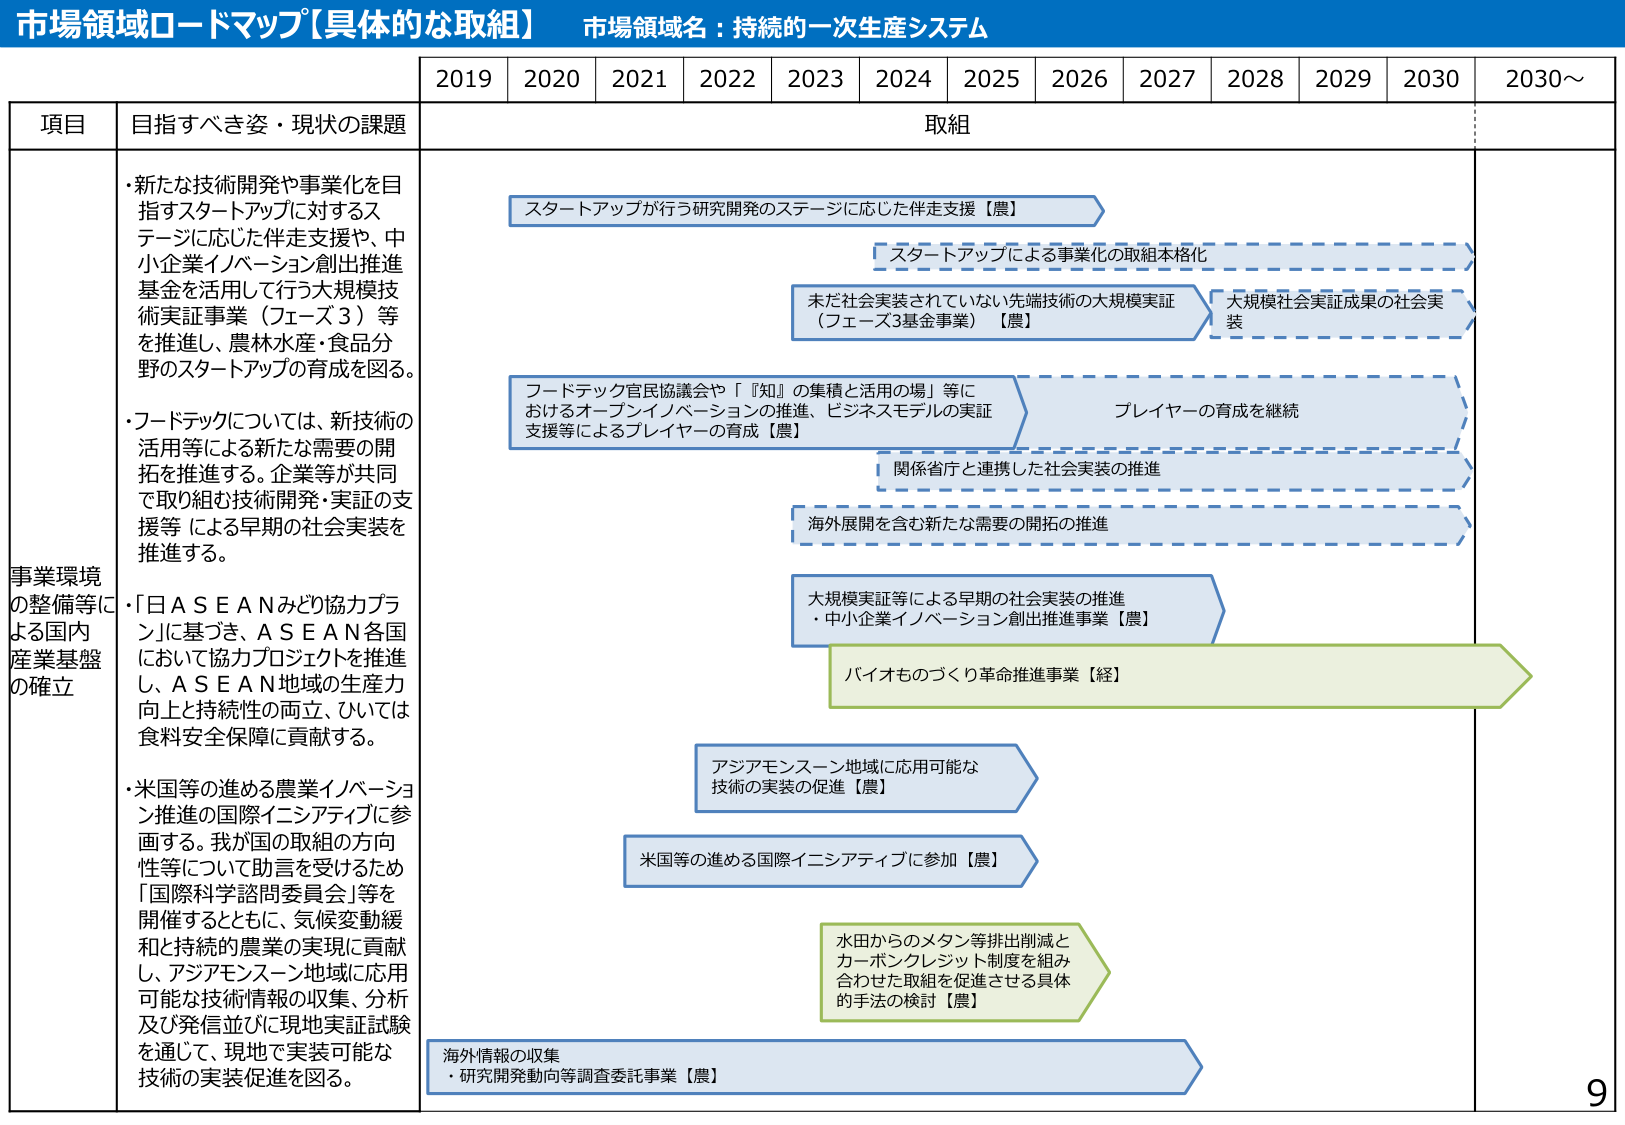
市場領域ロードマップ【具体的な取組】 市場領域名：持続的⼀次⽣産システム

2019 2020 2021 2022 2023 2024 2025 2026 2027 2028 2029 2030 2030～

項⽬ ⽬指すべき姿・現状の課題 取組

事業環境 の整備等に よる国内 産業基盤 の確⽴

・新たな技術開発や事業化を⽬ 指すスタートアップに対するス テージに応じた伴⾛⽀援や、中 ⼩企業イノベーション創出推進 基⾦を活⽤して⾏う⼤規模技 術実証事業（フェーズ３）等 を推進し、農林⽔産・⾷品分 野のスタートアップの育成を図る。

・フードテックについては、新技術の 活⽤等による新たな需要の開 拓を推進する。企業等が共同 で取り組む技術開発・実証の⽀ 援等による早期の社会実装を 推進する。

・「⽇ＡＳＥＡＮみどり協⼒プラ ン」に基づき、ＡＳＥＡＮ各国 において協⼒プロジェクトを推進 し、ＡＳＥＡＮ地域の⽣産⼒ 向上と持続性の両⽴、ひいては ⾷料安全保障に貢献する。

・⽶国等の進める農業イノベーショ ン推進の国際イニシアティブに参 画する。我が国の取組の⽅向 性等について助⾔を受けるため 「国際科学諮問委員会」等を 開催するとともに、気候変動緩 和と持続的農業の実現に貢献 し、アジアモンスーン地域に応⽤ 可能な技術情報の収集、分析 及び発信並びに現地実証試験 を通じて、現地で実装可能な 技術の実装促進を図る。

スタートアップが⾏う研究開発のステージに応じた伴⾛⽀援【農】

スタートアップによる事業化の取組本格化

未だ社会実装されていない先端技術の⼤規模実証 （フェーズ3基⾦事業）【農】

⼤規模社会実証成果の社会実 装

フードテック官⺠協議会や「『知』の集積と活⽤の場」等に おけるオープンイノベーションの推進、ビジネスモデルの実証 ⽀援等によるプレイヤーの育成【農】

プレイヤーの育成を継続

関係省庁と連携した社会実装の推進

海外展開を含む新たな需要の開拓の推進

⼤規模実証等による早期の社会実装の推進 ・中⼩企業イノベーション創出推進事業【農】

バイオものづくり⾰命推進事業【経】

アジアモンスーン地域に応⽤可能な 技術の実装の促進【農】

⽶国等の進める国際イニシアティブに参加【農】

⽔⽥からのメタン等排出削減と カーボンクレジット制度を組み 合わせた取組を促進させる具体 的⼿法の検討【農】

海外情報の収集 ・研究開発動向等調査委託事業【農】

9